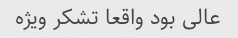
عالی بود واقعا تشکر ویژه